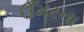
ઉઁમરના